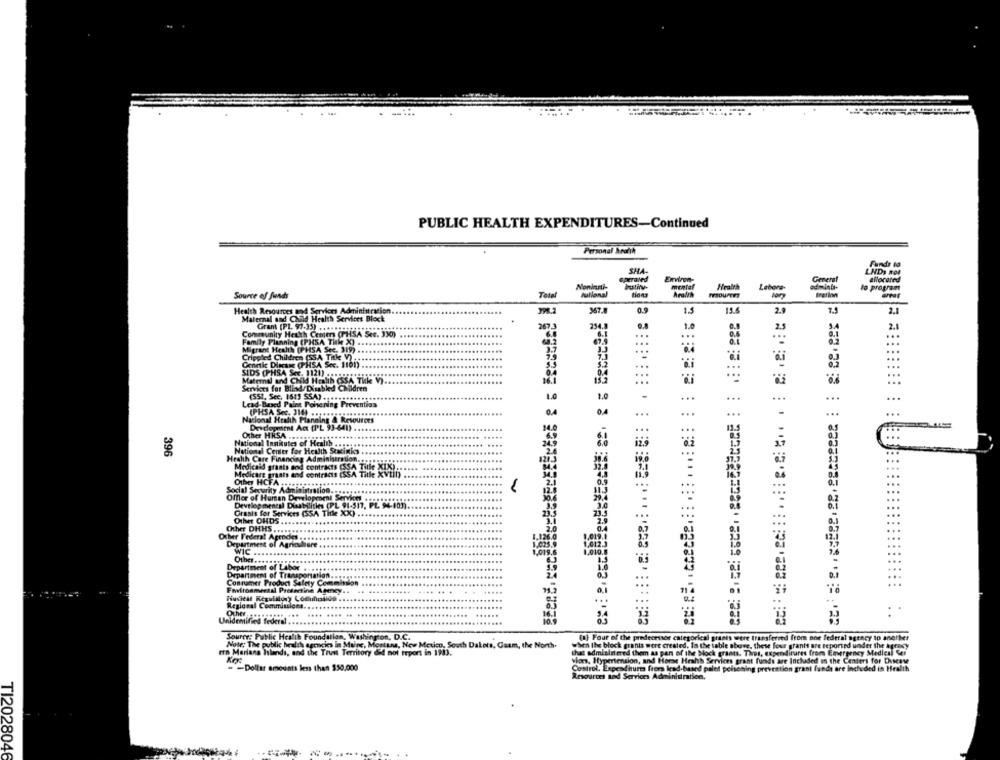
PUBLIC HEALTH EXPENDITURES-Continued
Personal Arah
Funds lo
SHA-
LNDy Ref
Environ-
General
allocated
Noninanti-
Health
Labora-
ediminui-
to program
Source of funds
Total
Julional
Aralth
Health Resources and Services Administration.
967.
1.5
125
2.
2.1
Maternal and Child Health Services Block
Grant (PL. 97-35) ........
267.1
1.0
2.5
2.1
Community Health Center (PHSA Sec. XX)
0.6
...
Family Planning (PHSA Title X) .
67.9
...
Migrant Health (PHSA See. 319)
3.3
Crippled Children (SS.A Title V).
0.1
Genetic Dinase (PHSA Scc. 1101)
...
...
SIDS (PHSA Sec. 1121) .....
0.4
Maternal and Child Health (SSA Tik V)
...
...
..
Services for Blind/Disabled Children
1.0
...
..
...
Lead-Based Paint Poisoning Prevention
(551, See, 1645 SSA) ...........
..
Nacional Health Planning & Resourors
(PHSA Sec, JI .................
...
...
Development Act (PL 93-641)
Other HRSA ..... popa
National Institutes of Health ......
Health Care Financing Administration.
National Center for Health Statistics
396
Medicaid graats and contracts (SSA Tille XIX)
Sichre grasts and contracis (SSA Title xvtil)
Other HCFA ...*******
Social Security Administration.
Offer of Human Development Servion .
Developmental Disabilities (PL 91-517, PL. 94-101).
Grants for Services (SSA Title 20℃).
Other OHDS.
Other DHHS ......
Other I'edera! Agences
,019
Department of Agriculture
WIC
1.010.
Other ......
Department of Labor
EEeeE. r
Department of Transportation ..
Connamer Product Safety Commission
Fovironmerasl Pretertina Agency ..
Regional Comminices.
Unidentified federa
.22
Source: Public Health Foundation, Washington, D.C.
(a) Four of the predecessor categorical grants were transferred from one federal agency to another
Note: The public health agencies in Maine, Mostuna, New Mexico, South Dakota, Caam, the North-
when the block
block grants were created. In the table above, these four grants are reported under the aproxy
en Mariana Islands, and the Trust Territory did not report in 1983.
that administered them as pan of the bock grants. Tires, expenditures from Emergency Medical Sei
Sion, Hypertension, and Horse Health Services grant funds are Inchadded on the Centers for Ducase
- - Dollar amounts less than $50.000
Control. Expendhurm from lead-based palet poisoning prevettion grant funds are included in Health
Resources and Services Administration.
TI2028046